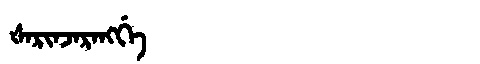
Manchu: ᡧᠠᡵᡳᠨᠵᠠᡵᠠᠩᡤᡝ
Romanization: ŠARINJARANGGE